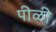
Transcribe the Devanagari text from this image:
पीळी